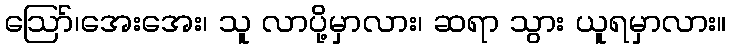
ဪ၊အေးအေး၊ သူ လာပို့မှာလား၊ ဆရာ သွား ယူရမှာလား။